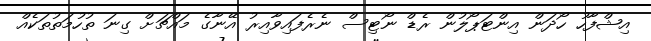
އިޝްފާހު ހޯދަން އިންޓަޕޯލުން ރެޑް ނޯޓިސް ނެރެފައިވާއިރު އޭނާގެ މައްޗަށް ގިނަ ތުހުމަތުތަކެއް